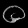
Digit: ၀